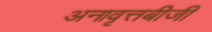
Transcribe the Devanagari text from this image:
अनावृत्तबीजी